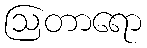
ဩတာရော